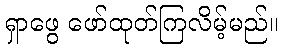
ရှာဖွေ ဖော်ထုတ်ကြလိမ့်မည်။